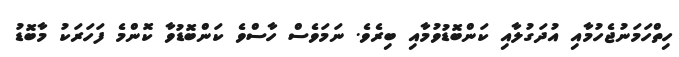
ހިތްހަމަނުޖެހުމާއި އުދަގުލާއި ކަންބޮޑުވުމާއި ބިރެވެ. ނަމަވެސް ހާސްވެ ކަންބޮޑުވާ ކޮންމެ ފަހަރަކު މާބޮޑު